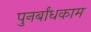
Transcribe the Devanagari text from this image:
पुनर्बांधकाम